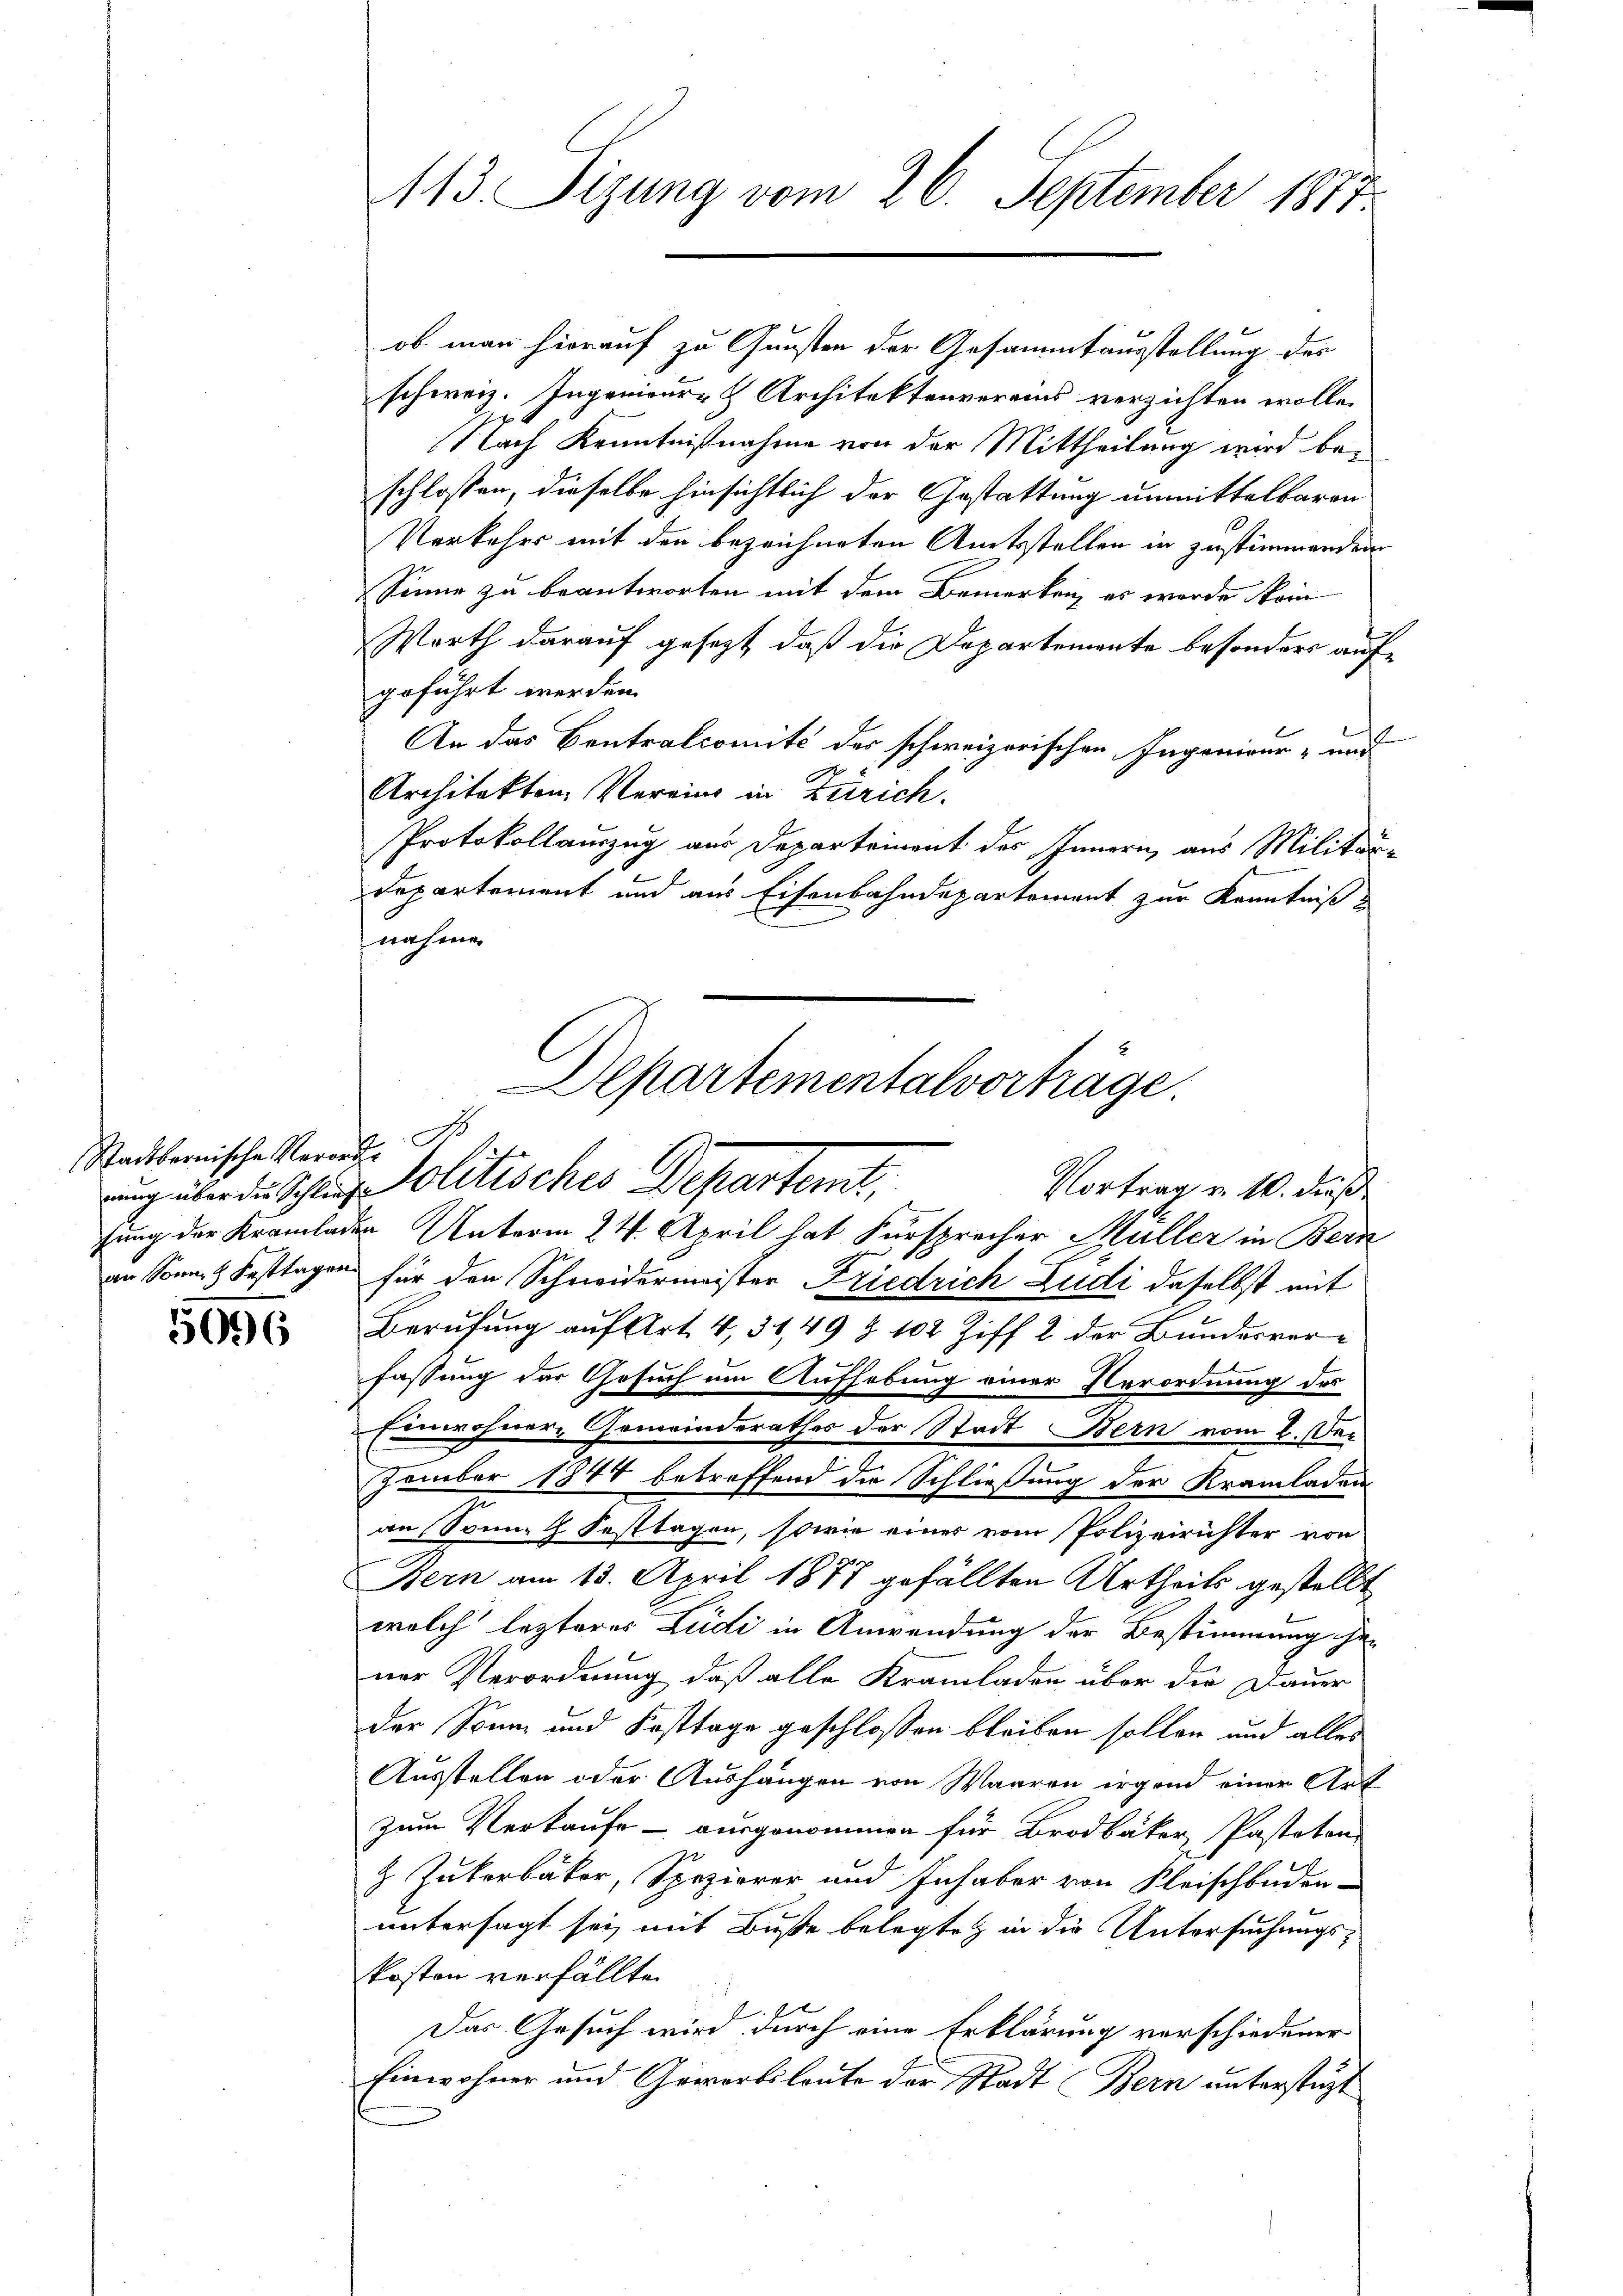
Stadtbernische Verorde

5096

113. Sizung vom 26. September 1883

ob man hierauf zu Gunsten der Gesammtausstellung des
schweiz. Ingenieur- & Architektenverains verzichten wolle.
Nach Kenntnißnahme von der Mittheilung wird bei
schlossen, dieselbe hinsichtlich der Gestattung unmittelbaren
Verkehrs mit den bezeichneten Amtsstellen in zustimmenden
 Sinne zu beantworten mit dem Bemerken, es werde kein
Werth darauf gesezt, daß die Departemente besonders aufgeführt werden.
An das Centralcomité der schweizerischen Ingenieur- und
Architekten Vereins in Zürich.
Protokollauszug aus Departement des Innern, aus Militär-
Departement und aus Eisenbahndepartement zur Kenntniß
nahmen

Departementalverträge.
ung über die Schlige Politisches Departemt,
Vortrag v. 10. dieß
g

sung der Kramladen Unterm 24. April hat Fürsprecher Müller in Bern
an Sonn- & Fasttagen für den Schneidermeister Friedrich Ludi daselbst mit
Berufung auf Art. 4, 34,49 § 102 Ziff. 2 der Bundesverfassung der Gesuch um Aufhebung einer Verordnung des
Einwohner, Gemeinderathes der Stadt Bern vom 2. Der
zember 1844 betreffend die Schließung der Kramladen
an Sonne Festtagen, sowie einer vom Polizeirichter von
Bern am 13. April 1877 gefällten Urtheils gestellt
welch lezteres Ludi in Anwendung der Bestimmung ihne
ner Verordnung, daß alle Kramladen über die Dauer
der Sonn- und Fasttage geschlossen bleiben sollen und alles
Ausstellen oder Aushängen von Waaren irgend einer Art
zum Verkaufe – ausgenommen für Brodbäker, Pasteten
z Jukerbäcker, Spezierer und Inhaber von Fleischboden-
untersagt sei, mit Buße belegte in die Untersuchungskosten verfällte
1
Das Gesuch wird durch eine Erklärung vorschiedener
Einwohner und Gewerbsloute der Stadt (Bern unterstützt